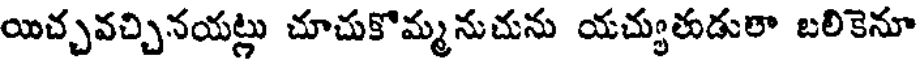
యిచ్చవచ్చినయట్లు చూచుకొమ్మనుచును యచ్యుతుడులా బలికెనూ